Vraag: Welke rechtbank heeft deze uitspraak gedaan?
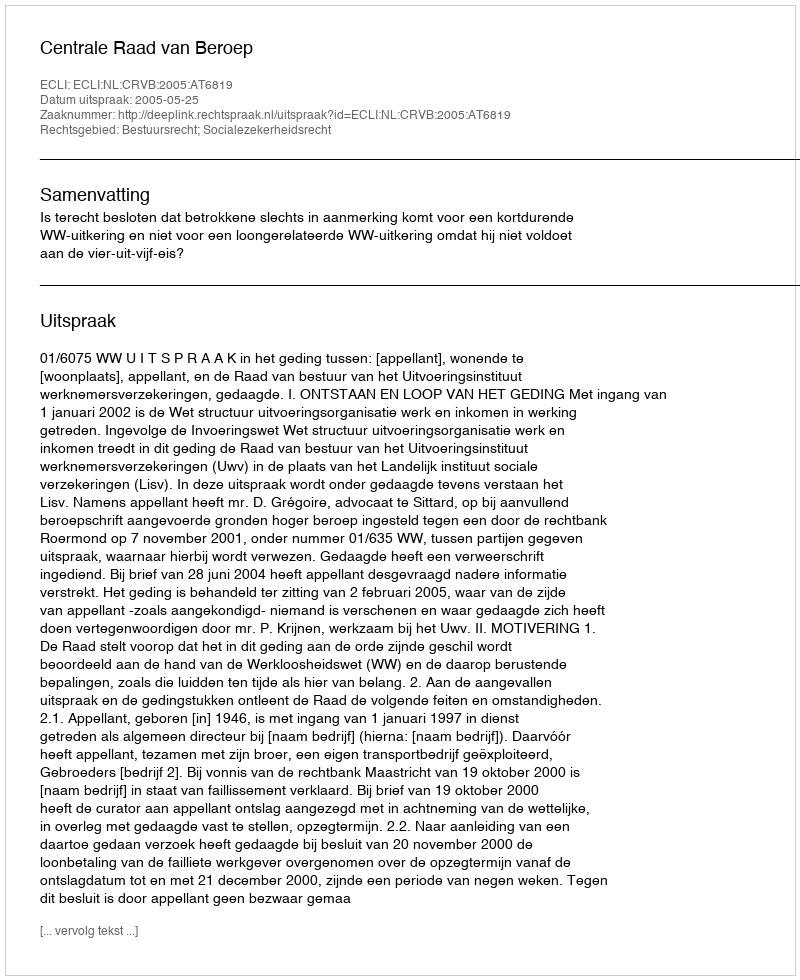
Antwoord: Centrale Raad van Beroep